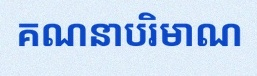
គណនាបរិមាណ